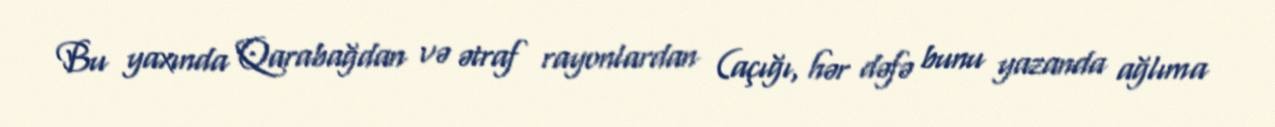
Bu yaxında Qarabağdan və ətraf rayonlardan (açığı, hər dəfə bunu yazanda ağlıma